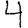
Digit: 4